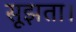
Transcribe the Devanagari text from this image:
सूझता।